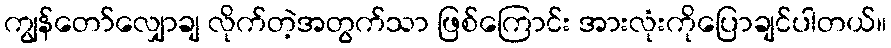
ကျွန်တော်လျှောချ လိုက်တဲ့အတွက်သာ ဖြစ်ကြောင်း အားလုံးကိုပြောချင်ပါတယ်။